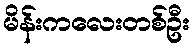
မိန်းကလေးတစ်ဦး